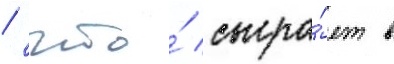
/ что́ сыгра́ет в